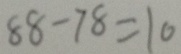
8 8 - 7 8 = 1 0